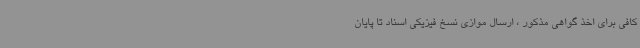
کافی برای اخذ گواهی مذکور ، ارسال موازی نسخ فیزیکی اسناد تا پایان